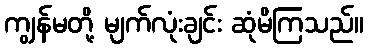
ကျွန်မတို့ မျက်လုံးချင်း ဆုံမိကြသည်။